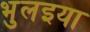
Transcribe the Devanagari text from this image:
भुलइया